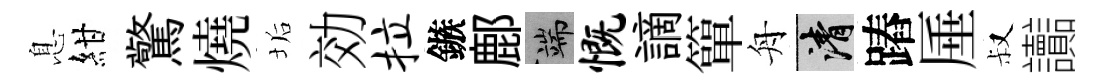
息紺驚燒垢効拉鏃鄜端慨謫簞舟清蹖厜叔讟